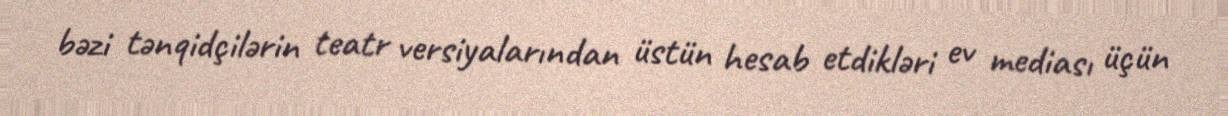
bəzi tənqidçilərin teatr versiyalarından üstün hesab etdikləri ev mediası üçün